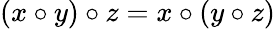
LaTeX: (x\circ y)\circ z=x\circ(y\circ z)